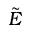
\tilde { E }